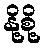
နို့စို့